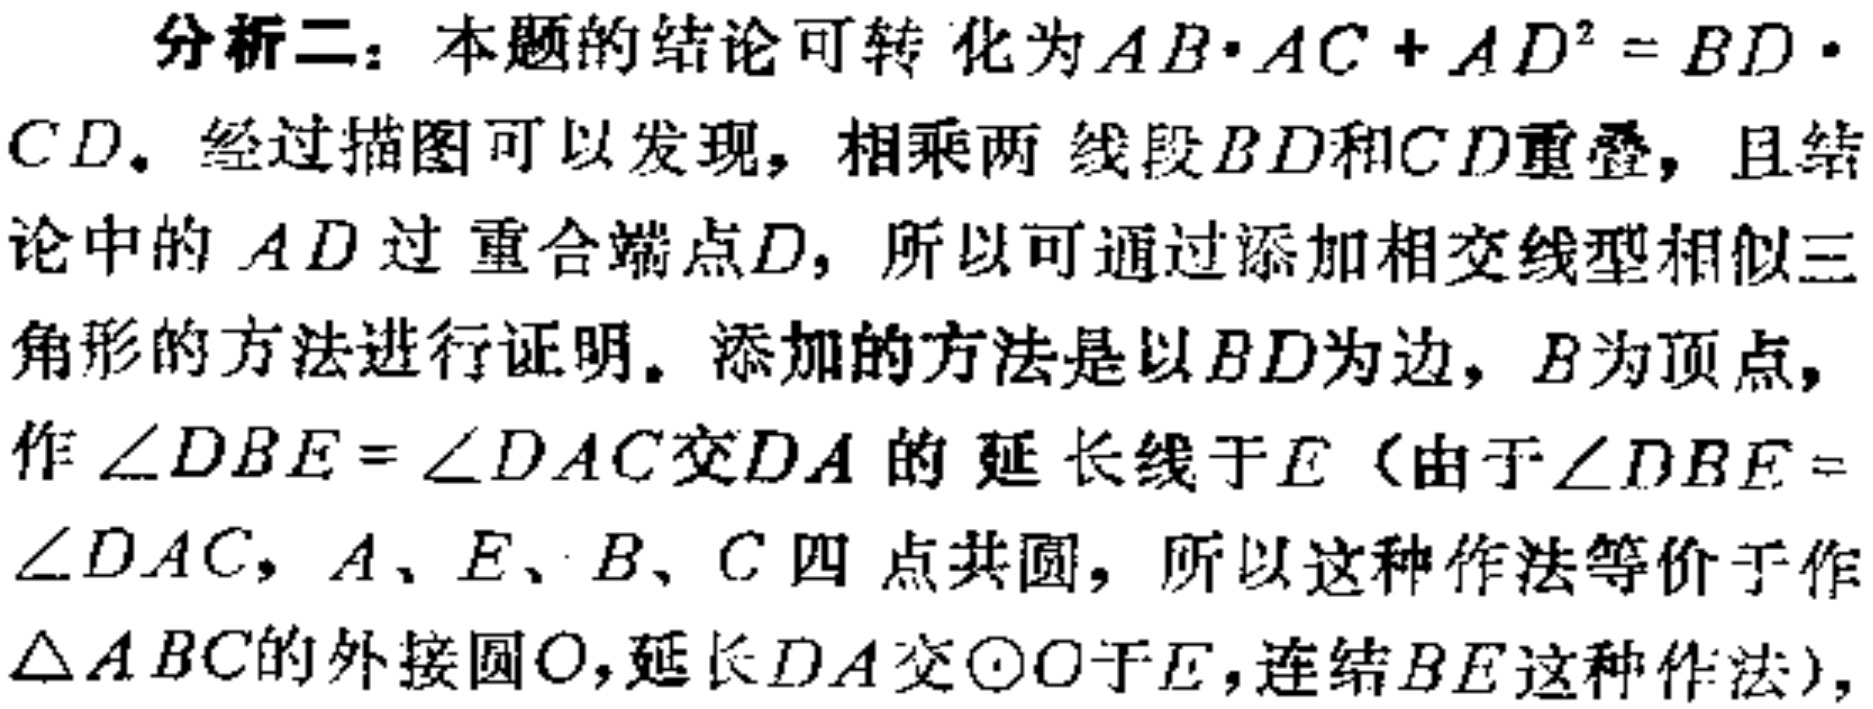
分析二：本题的结论可转化为\(AB\cdot AC + AD^{2} = BD\cdot CD\)。经过描图可以发现，相乘两线段\(BD\)和\(CD\)重叠，且结论中的\(AD\)过重合端点\(D\)，所以可通过添加相交线型相似三角形的方法进行证明。添加的方法是以\(BD\)为边，\(B\)为顶点，作\(\angle DBE = \angle DAC\)交\(DA\)的延长线于\(E\)（由于\(\angle DBE = \angle DAC\)，\(A\)、\(E\)、\(B\)、\(C\)四点共圆，所以这种作法等价于作\(\triangle ABC\)的外接圆\(O\)，延长\(DA\)交\(\odot O\)于\(E\)，连结\(BE\)这种作法），